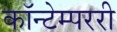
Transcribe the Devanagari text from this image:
कॉन्टेम्पररी